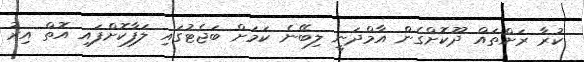
ކުރާ ރަށްތައް ދޫކޮށްގެން އާމްދަނީ ލިބޭނެ ކަމަށް ބަޖެޓުގައި ލަފާކޮށްފައި އޮތް އިރު